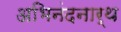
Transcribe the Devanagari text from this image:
अभिनंदनार्थ